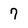
Character: 7